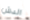
الدش